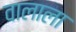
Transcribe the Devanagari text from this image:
वालाला